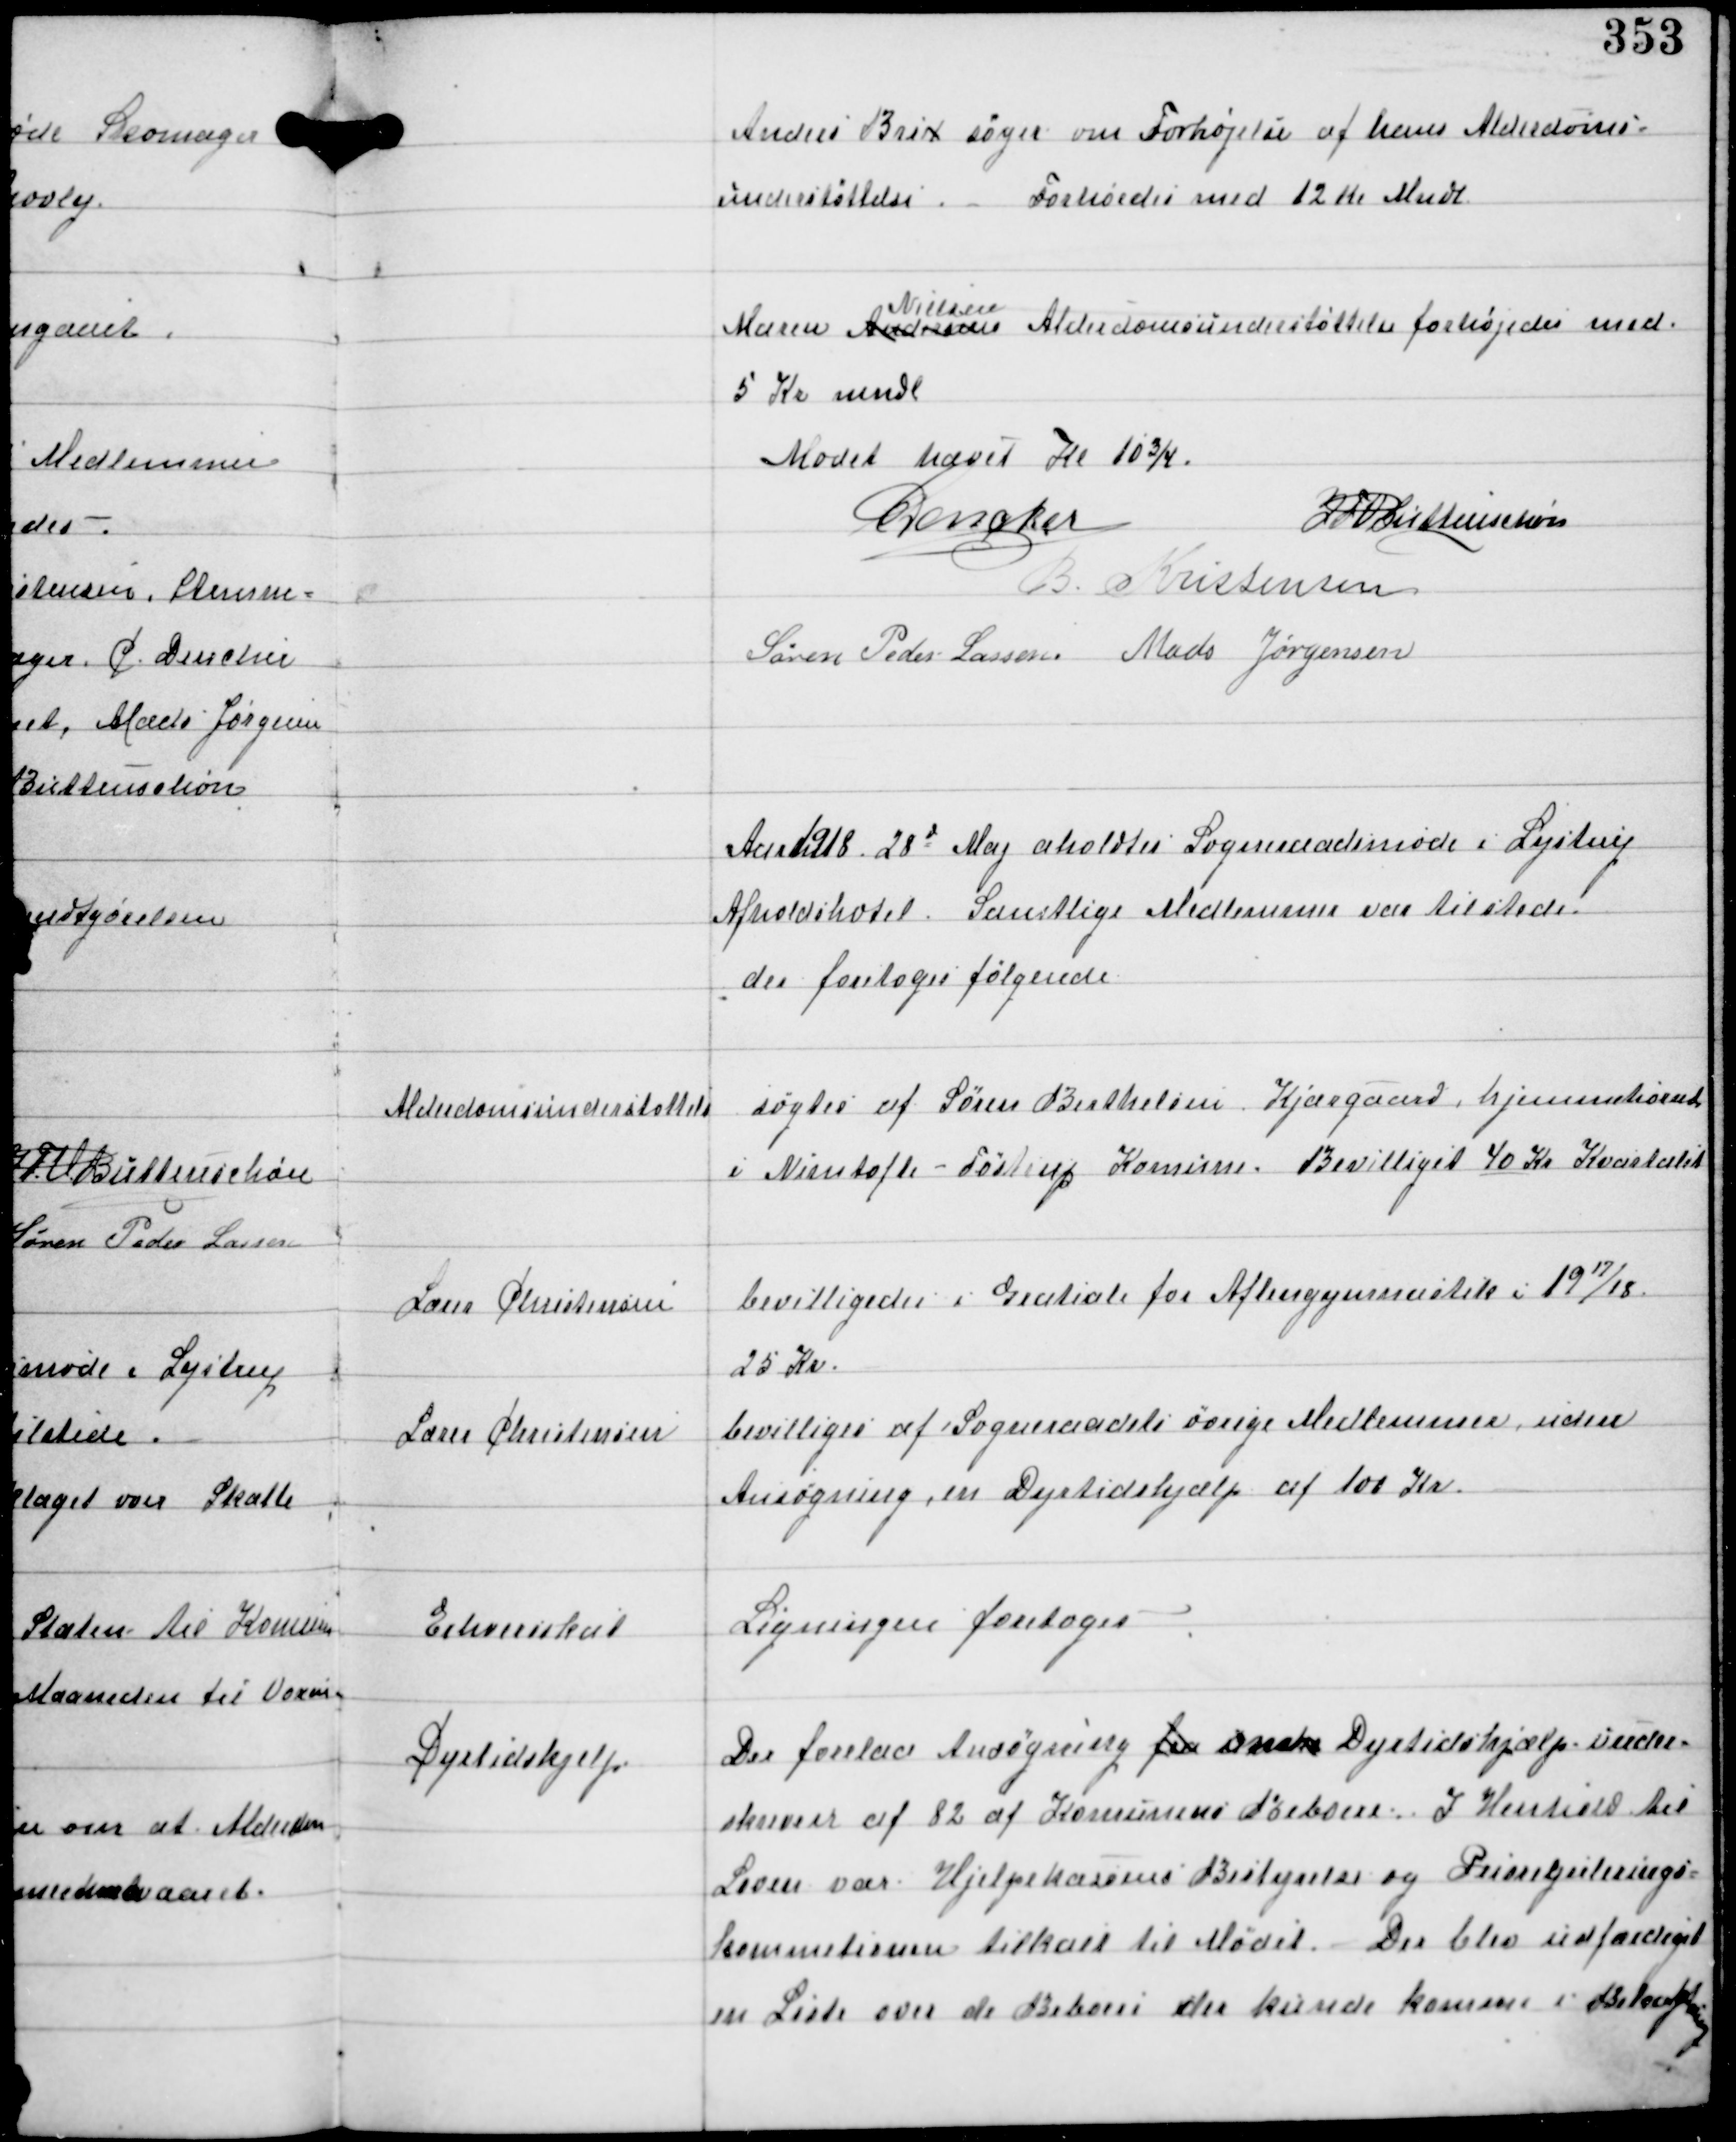
Transskription:
Anders Brix søger om Forhøjelse af hans Alderdoms-
understøttelse. - Forhøjedes med 12 Kr Mndl.

Maren Andersen
Nielsens
Alderdomsunderstøttelse forhøjedes med
5 Kr mndl

Mødet hævet Kl 10¾.
C Dencker
IFV Buttenschøn
B Kristensen
Søren Peder Lassen Mads Jørgensen

Aar 1918 28d Maj aholdtes Sogneraadsmøde i Lystrup
Afholdshotel. Samtlige Medlemmer var tilstede
der foretoges følgende

Alderdomsunderstøttelse

søgtes af Søren Berthelsen Kjærgaard hjemmehørende
i Nimtofte-Tostrup Komune. Bevilliget 40 Kr Kvartalet

Lærer Christensen

bevilligedes i Gratiale for Aftengymnastik i 1917/18
25 Kr.

Lærer Christensen

bevilliges af Sogneraadets øvrige Medlemmer uden
Ansøgning, en Dyrtidshjælp af 100 Kr.

Erhvervsskat

Ligning foretoges.

Dyrtidshjælp

Der forelaa Ansøgning fra om Dyrtidshjælp under-
skrevet af 82 af Komunens Beboere. I Henhold til
Loven var Hjælpekassens Bestyrelse og Prisregulerings-
kommssionen tilkalt til Mødet. - Der blev udfærdiget
en Liste over de Beboere der kunde komme i Betragtning